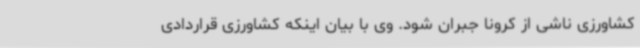
کشاورزی ناشی از کرونا جبران شود. وی با بیان اینکه کشاورزی قراردادی